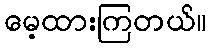
မေ့ထားကြတယ်။